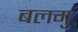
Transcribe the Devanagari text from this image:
बलगु